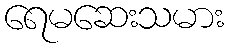
ရေမဆေးသမား